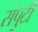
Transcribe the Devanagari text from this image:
संपुटी